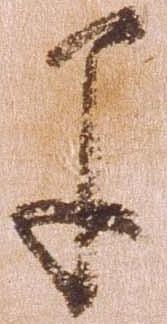
早